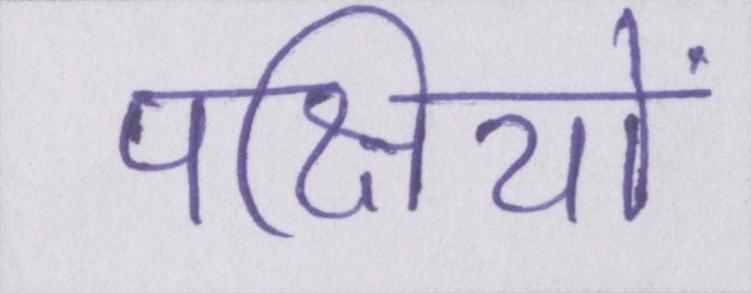
पक्षियों